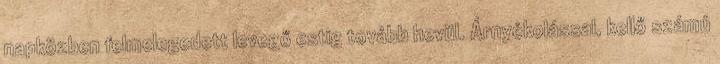
napközben felmelegedett levegő estig tovább hevül. Árnyékolással, kellő számú